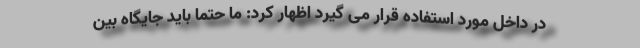
در داخل مورد استفاده قرار می گیرد اظهار کرد: ما حتما باید جایگاه بین